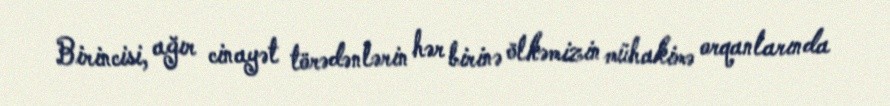
Birincisi, ağır cinayət törədənlərin hər birinə ölkəmizin mühakimə orqanlarında